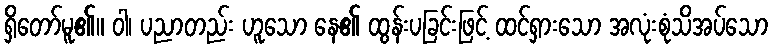
ရှိတော်မူ၏။ ဝါ၊ ပညာတည်း ဟူသော နေ၏ ထွန်းပခြင်းဖြင့် ထင်ရှားသော အလုံးစုံသိအပ်သော